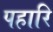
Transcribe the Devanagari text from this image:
पहारि